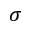
\sigma